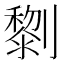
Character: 𠠍